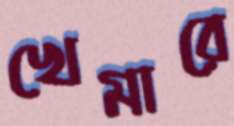
খেমারে